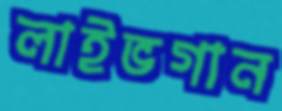
লাইভগান